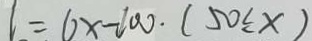
l = 6 x - 1 0 0 \cdot ( 5 0 \leq x )